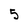
Character: 5